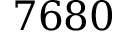
7 6 8 0